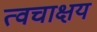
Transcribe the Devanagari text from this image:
त्वचाक्षय